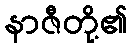
နာဇီတို့၏